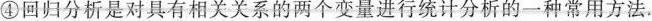
④回归分析是对具有相关关系的两个变量进行统计分析的一种常用方法。